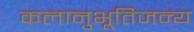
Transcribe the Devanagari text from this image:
कलानुभूतिजन्य